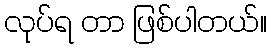
လုပ်ရ တာ ဖြစ်ပါတယ်။